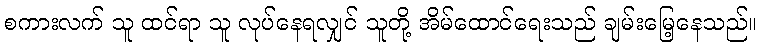
စကားလက် သူ ထင်ရာ သူ လုပ်နေရလျှင် သူတို့ အိမ်ထောင်ရေးသည် ချမ်းမြေ့နေသည်။